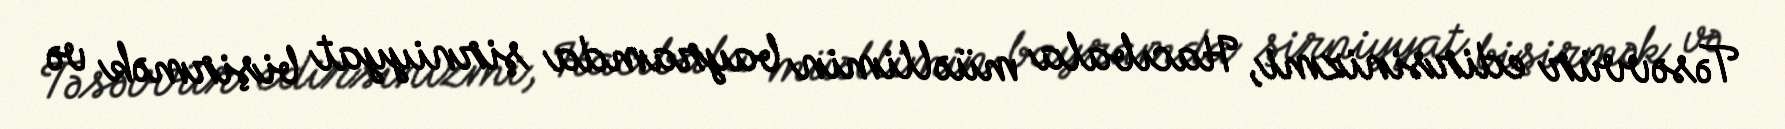
Təsəvvür edirsinizmi, Hacıbala müəllimin bayramda şirniyyat bişirmək və